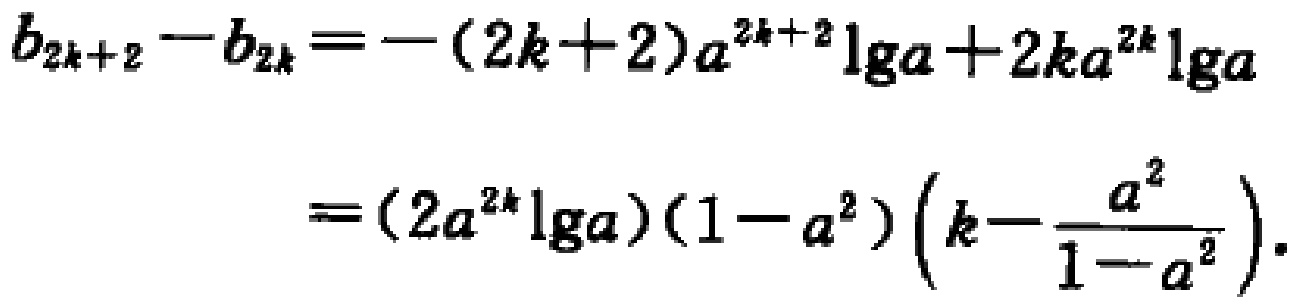
\[
\begin{align*}
b_{2k + 2}-b_{2k}&=-(2k + 2)a^{2k+2}\lg a+2ka^{2k}\lg a\\
&=(2a^{2k}\lg a)(1 - a^{2})\left(k-\frac{a^{2}}{1 - a^{2}}\right).
\end{align*}
\]